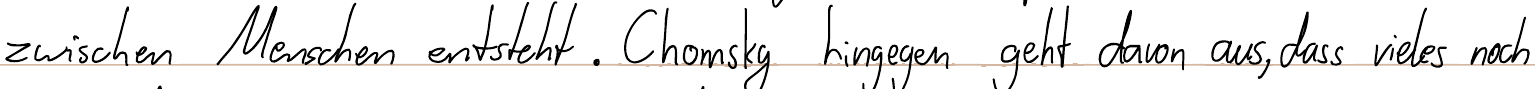
zwischen Menschen entsteht. Chomsky hingegen geht davon aus, dass vieles noch